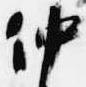
仲